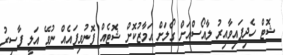
ޝޮޓް ހެދިފައިވާއިރު ލާއޯސްއަށް ގޯލަށް އަމާޒުކޮށް ޝޮޓެއް ފޮނުވިފައެއް ނުވޭ އަލީ ފާސިރު